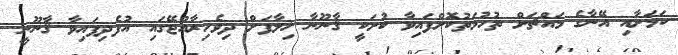
ކަމަށާއި އޭނާގެ މައްޗަށް ތުހުމަތުކޮށްފައިވާ ކުށަކީ ޤާނޫނާ ޚިލާފަށް ދިވެހިރާއްޖޭގައި އުފެދިފައިވާ ޤާނޫނީ